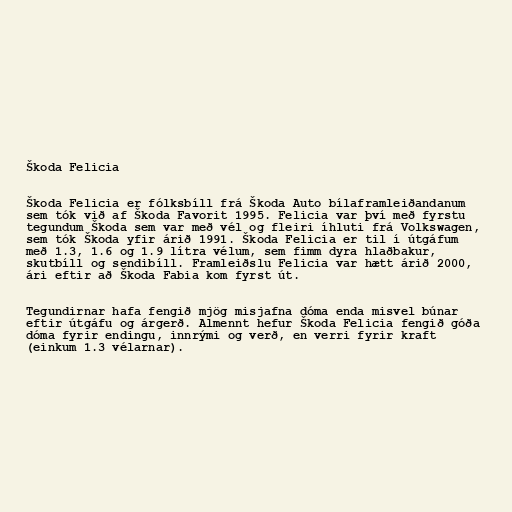
Škoda Felicia

Škoda Felicia er fólksbíll frá Škoda Auto bílaframleiðandanum
sem tók við af Škoda Favorit 1995. Felicia var því með fyrstu
tegundum Škoda sem var með vél og fleiri íhluti frá Volkswagen,
sem tók Škoda yfir árið 1991. Škoda Felicia er til í útgáfum
með 1.3, 1.6 og 1.9 lítra vélum, sem fimm dyra hlaðbakur,
skutbíll og sendibíll. Framleiðslu Felicia var hætt árið 2000,
ári eftir að Škoda Fabia kom fyrst út.

Tegundirnar hafa fengið mjög misjafna dóma enda misvel búnar
eftir útgáfu og árgerð. Almennt hefur Škoda Felicia fengið góða
dóma fyrir endingu, innrými og verð, en verri fyrir kraft
(einkum 1.3 vélarnar).